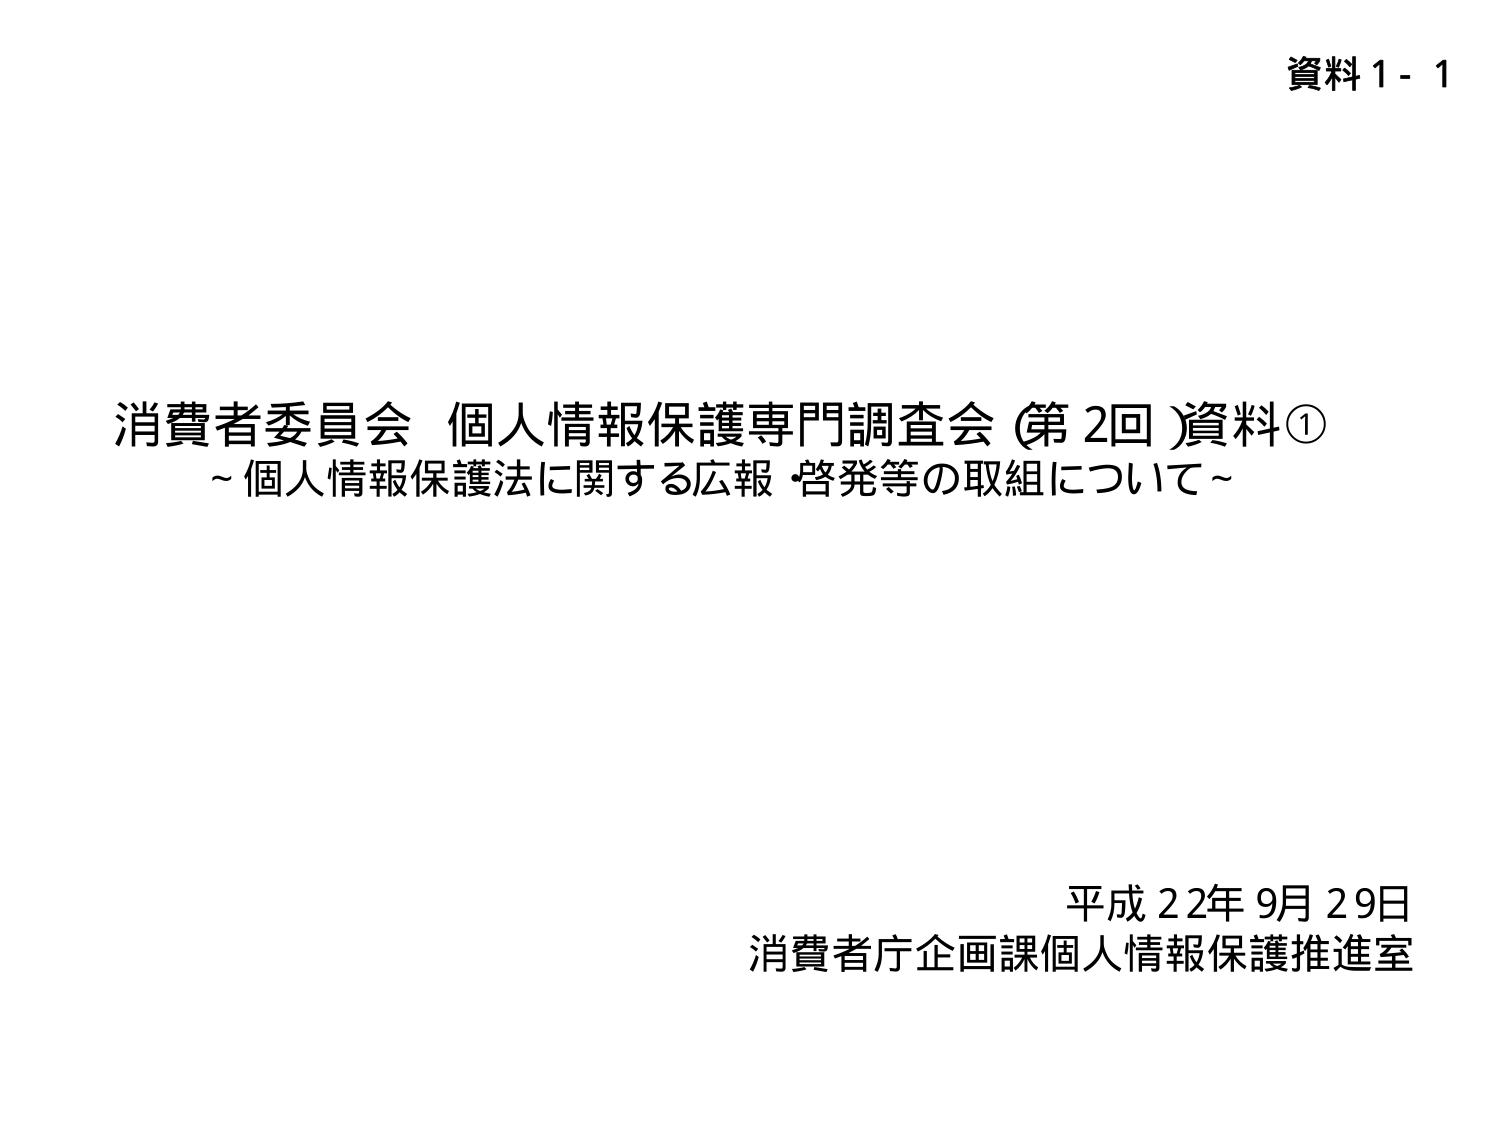
資料1-1

消費者委員会 個人情報保護専門調査会（第2回）資料①
～個人情報保護法に関する広報・啓発等の取組について～

平成22年9月29日
消費者庁企画課個人情報保護推進室